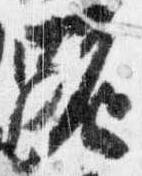
跪